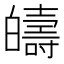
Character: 㿧